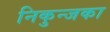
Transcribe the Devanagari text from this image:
निकुन्जका